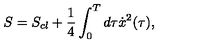
S = S _ { c l } + { \frac { 1 } { 4 } } \int _ { 0 } ^ { T } d \tau \dot { x } ^ { 2 } ( \tau ) ,